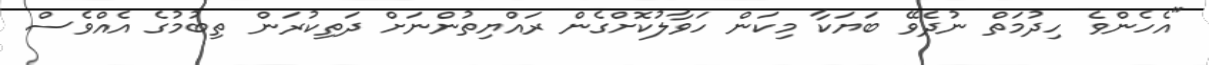
"އެހެންވެ ހިދުމަތް ނުދެވޭ ބަޔަކާ މިކަން ހަވާލުކޮށްގެން ރައްޔިތުންނަށް ދަތިކުރަން ތިބުމުގެ އެއްވެސް